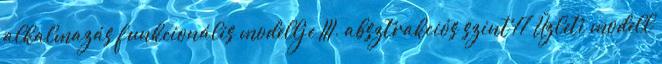
alkalmazás funkcionális modellje III. absztrakciós szint 17 Üzleti modell